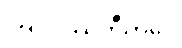
ဩဝဒိဿတီတိပေ